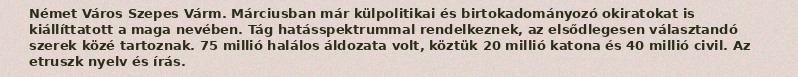
Német Város Szepes Várm. Márciusban már külpolitikai és birtokadományozó okiratokat is kiállíttatott a maga nevében. Tág hatásspektrummal rendelkeznek, az elsődlegesen választandó szerek közé tartoznak. 75 millió halálos áldozata volt, köztük 20 millió katona és 40 millió civil. Az etruszk nyelv és írás.